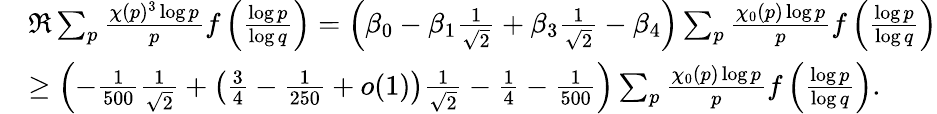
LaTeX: \begin{array}{rl}&{\Re\sum_{p}\frac{\chi(p)^{3}\log p}{p}f\left(\frac{\log p}{\log q}\right)=\left(\beta_{0}-\beta_{1}\frac{1}{\sqrt{2}}+\beta_{3}\frac{1}{\sqrt{2}}-\beta_{4}\right)\sum_{p}\frac{\chi_{0}(p)\log p}{p}f\left(\frac{\log p}{\log q}\right)}\\ &{\geq\left(-\frac{1}{500}\frac{1}{\sqrt{2}}+\left(\frac{3}{4}-\frac{1}{250}+o(1)\right)\frac{1}{\sqrt{2}}-\frac{1}{4}-\frac{1}{500}\right)\sum_{p}\frac{\chi_{0}(p)\log p}{p}f\left(\frac{\log p}{\log q}\right).}\end{array}